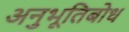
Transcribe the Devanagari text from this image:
अनुभूतिबोध